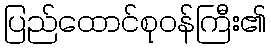
ပြည်ထောင်စုဝန်ကြီး၏